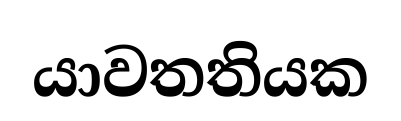
යාවතතියක